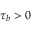
\tau _ { b } > 0